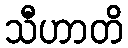
သီဟာတိ